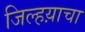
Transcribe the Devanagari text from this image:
जिल्हय़ाचा